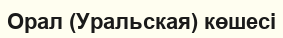
Орал (Уральская) көшесі